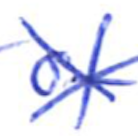
Text: of
Cross-out: cross
Writing tool: ballpoint